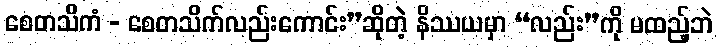
စေတသိကံ - စေတသိက်လည်းကောင်း”ဆိုတဲ့ နိဿယမှာ “လည်း”ကို မထည့်ဘဲ